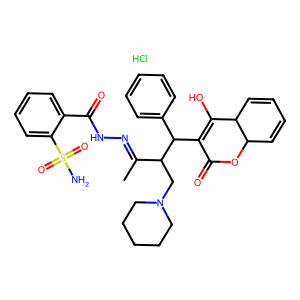
SMILES: CC(=NNC(=O)c1ccccc1S(N)(=O)=O)C(CN1CCCCC1)C(C1=C(O)C2C=CC=CC2OC1=O)c1ccccc1.Cl
Inhibits HIV replication: No